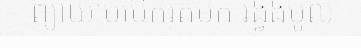
ព្យាយាមបើករត់មក រង្វង់មូល